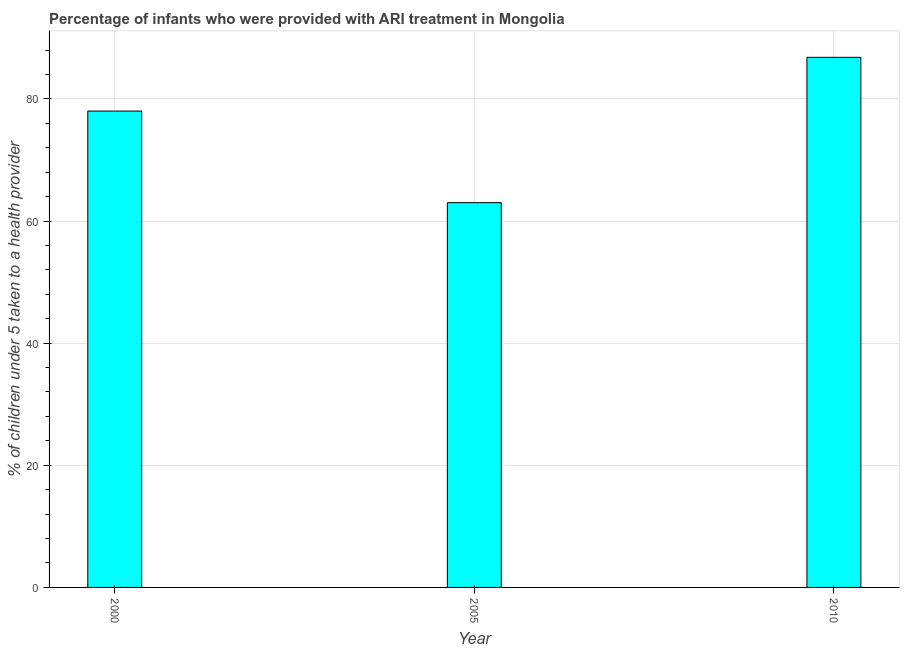
| Year | ARI treatment |
 | --- | --- |
 | 2000 | 78 |
 | 2005 | 63 |
 | 2010 | 86.8 |